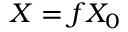
X = f X _ { 0 }